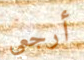
أرجعي